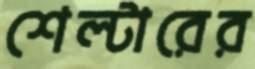
শেল্টারের